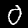
Label: 0